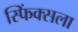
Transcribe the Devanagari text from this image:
स्फिंक्सला